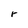
Character: r